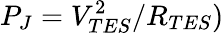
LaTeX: P_{J}=V_{TES}^{2}/R_{TES})